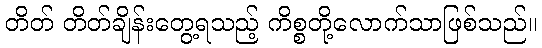
တိတ် တိတ်ချိန်းတွေ့ရသည့် ကိစ္စတို့လောက်သာဖြစ်သည်။